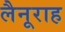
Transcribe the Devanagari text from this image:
लैनूराह